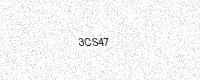
Text: 3CS47